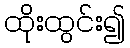
ထိုးထွင်း၍